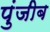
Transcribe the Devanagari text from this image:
पुंजीब